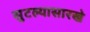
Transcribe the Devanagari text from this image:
सुटल्यासारखे